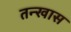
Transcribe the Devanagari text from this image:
तन्खास